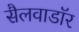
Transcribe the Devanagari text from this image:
सैलवाडॉर